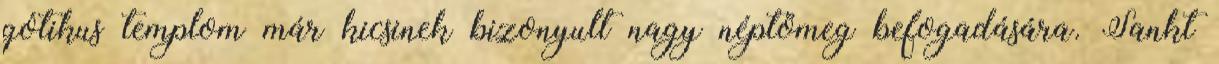
gótikus templom már kicsinek bizonyult nagy néptömeg befogadására. Sankt